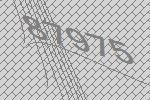
87975